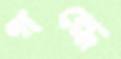
গন্ধে